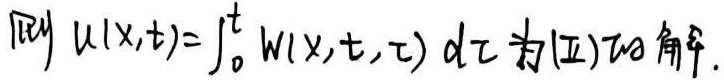
则 \(u(x,t)=\int_{0}^{t} w(x,t,\tau) d\tau\) 为(Ⅱ)的解.